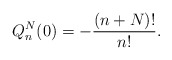
\begin{align*} Q_{n}^{N}(0)=-\frac{(n+N) !}{n!}. \end{align*}